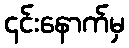
၎င်းနောက်မှ